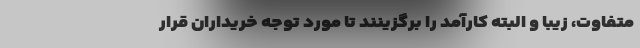
متفاوت، زیبا و البته کارآمد را برگزینند تا مورد توجه خریداران قرار